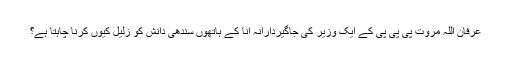
عرفان اللہ مروت پی پی پی کے ایک وزیر کی جاگیردارانہ انا کے ہاتھوں سندھی دانش کو زلیل کیوں کرنا چاہتا ہے؟